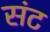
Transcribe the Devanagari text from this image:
संट